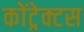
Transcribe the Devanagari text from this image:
कोंट्रेक्टस